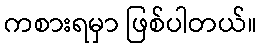
ကစားရမှာ ဖြစ်ပါတယ်။